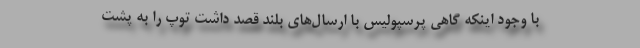
با وجود اینکه گاهی پرسپولیس با ارسال‌های بلند قصد داشت توپ را به پشت